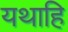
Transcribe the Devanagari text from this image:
यथाहि